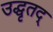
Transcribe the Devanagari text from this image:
उद्धृतद्